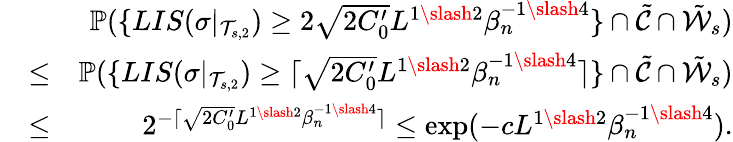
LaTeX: \begin{array}{rlr}&{}&{\mathbb{P}(\{ LIS(\sigma|_{\mathcal{T}_{s,2}})\geq 2\sqrt{2C_{0}^{\prime}}L^{1\slash 2}\beta_{n}^{-1\slash 4}\} \cap\tilde{\mathcal{C}}\cap\tilde{\mathcal{W}}_{s})}\\ &{\leq}&{\mathbb{P}(\{ LIS(\sigma|_{\mathcal{T}_{s,2}})\geq\lceil\sqrt{2C_{0}^{\prime}}L^{1\slash 2}\beta_{n}^{-1\slash 4}\rceil\} \cap\tilde{\mathcal{C}}\cap\tilde{\mathcal{W}}_{s})}\\ &{\leq}&{2^{-\lceil\sqrt{2C_{0}^{\prime}}L^{1\slash 2}\beta_{n}^{-1\slash 4}\rceil}\leq\exp(-cL^{1\slash 2}\beta_{n}^{-1\slash 4}).}\end{array}